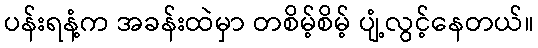
ပန်းရနံ့က အခန်းထဲမှာ တစိမ့်စိမ့် ပျံ့လွင့်နေတယ်။